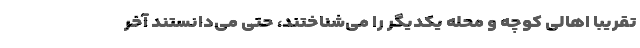
تقریباً اهالی کوچه و محله یکدیگر را می‌شناختند، حتی می‌دانستند آخر